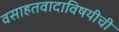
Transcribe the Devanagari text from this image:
वसाहतवादाविषयीची